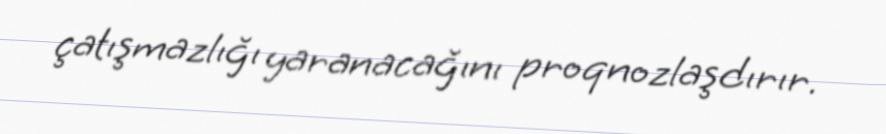
çatışmazlığı yaranacağını proqnozlaşdırır.